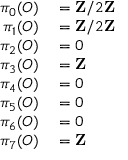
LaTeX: \begin{array} { r l } { \pi _ { 0 } ( O ) } & { { } = \mathbf { Z } / 2 \mathbf { Z } } \\ { \pi _ { 1 } ( O ) } & { { } = \mathbf { Z } / 2 \mathbf { Z } } \\ { \pi _ { 2 } ( O ) } & { { } = 0 } \\ { \pi _ { 3 } ( O ) } & { { } = \mathbf { Z } } \\ { \pi _ { 4 } ( O ) } & { { } = 0 } \\ { \pi _ { 5 } ( O ) } & { { } = 0 } \\ { \pi _ { 6 } ( O ) } & { { } = 0 } \\ { \pi _ { 7 } ( O ) } & { { } = \mathbf { Z } } \end{array}